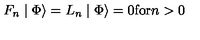
F _ { n } \mid \Phi \rangle = L _ { n } \mid \Phi \rangle = 0 \mathrm { f o r } n > 0